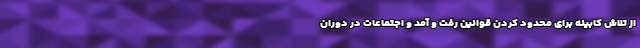
از تلاش کابینه برای محدود کردن قوانین رفت و آمد و اجتماعات در دوران